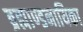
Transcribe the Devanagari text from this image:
ब्रह्माण्डनायिका